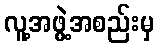
လူ့အဖွဲ့အစည်းမှ